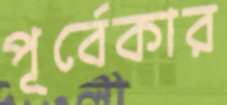
পূর্বেকার